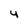
Character: 4